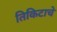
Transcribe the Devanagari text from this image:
तिकिटाचे